Report on lock hospitals in British Burma
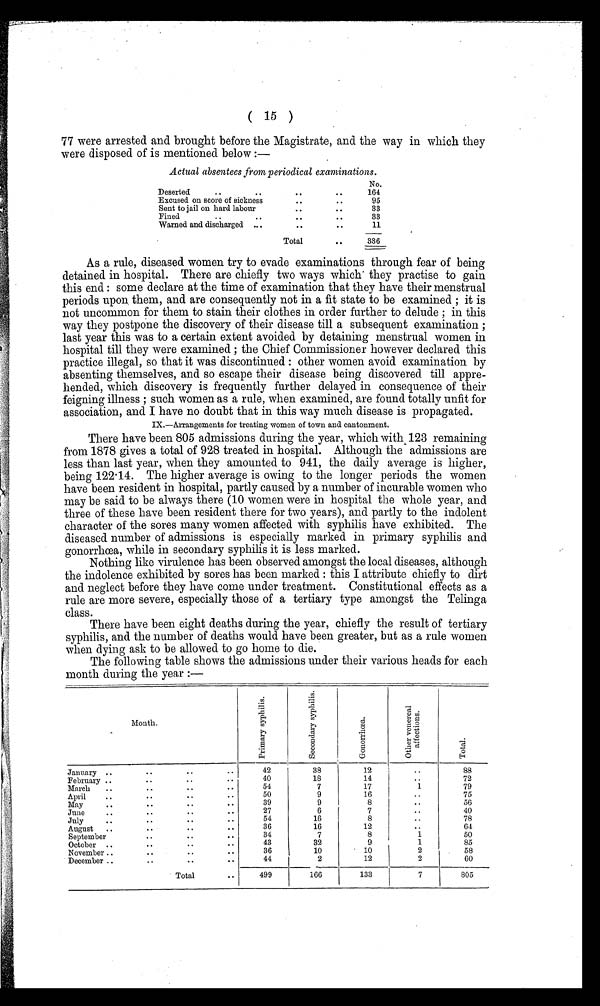
( 15 )
77 were arrested and brought before the Magistrate, and the way in which they
were disposed of is mentioned below :—
Actual absentees from periodical examinations.
No.
Deserted
.... ...
. .
. .
164
Excused on score of sickness
. .
. . . .
95
Sent to jail on hard labour
. .
. .
33
Fined..
..
. .
. .
3 3
Warned and discharged ...
. .
. .
11
Total
..
336
As a rule, diseased women try to evade examinations through fear of being
detained in hospital. There are chiefly two ways which they practise to gain
this end : some declare at the time of examination that they have their menstrual
periods upon them, and are consequently not in a fit state to be examined ; it is
not uncommon for them to stain their clothes in order further to delude ; in this
way they postpone the discovery of their disease till a subsequent examination ;
last year this was to a certain extent avoided by detaining menstrual women in
hospital till they were examined ; the Chief Commissioner however declared this
practice illegal, so that it was discontinued : other women avoid examination by
absenting themselves, and so escape their disease being discovered till appre-
hended, which discovery is frequently further delayed in consequence of their
feigning illness ; such women as a rule, when examined, are found totally unfit for
association, and I have no doubt that in this way much disease is propagated.
IX.—Arrangements for treating women of town and cantonment.
There have been 805 admissions during the year, which with , 123 remaining
from 1878 gives a total of 928 treated in hospital. Although the admissions are
less than last year, when they amounted to 941, the daily average is higher,
being 122.14. The higher average is owing to the longer periods the women
have been resident in hospital, partly caused by a number of incurable women who
may be said to be always there (10 women were in hospital the whole year, and
three of these have been resident there for two years), and partly to the indolent
character of the sores many women affected with syphilis have exhibited. The
diseased number of admissions is especially marked in primary syphilis and
gonorrhœa, while in secondary syphilis it is less marked.
Nothing like virulence has been observed amongst the local diseases, although
the indolence exhibited by sores has been marked : this I attribute chiefly to dirt
and neglect before they have come under treatment. Constitutional effects as a
rule are more severe, especially those of a tertiary type amongst the Telinga
class.
There have been eight deaths during the year, chiefly the result of tertiary
syphilis, and the number of deaths would have been greater, but as a rule women
when dying ask to be allowed to go home to die.
The following table shows the admissions under their various heads for each
month during the year :—
Month.
P r i m a r y s y p h i l i s .
S e c o n d a r y s y p h i l i s .
G o n o r r h œ a
O t h e r v e n e r e a l a f f e c t i o n s .
T o t a l
January ..
. .
. .
..
42
38
12
..
88
February ..
. .
. .
. .
40
18
14
..
72
March
..
. . . .
. .
. . . .
54
7
17
1
79
April
....
. .
. .
..
50
9
16
..
75
May
..
. .
. .
. .
39
9
8
. . . .
56
June
..
. .
. .
. .
27
6
7
..
40
July
....
. . . .
. .
. . . .
54
16
8
. . . .
78
August ..
..
..
..
36
16
12
..
64
September
..
. .
34
7
8
1
50
October ..
. . . .
. .
. .
43
32
9
1
85
November ....
. . . .
. .
. .
36
10
10
2
58
December ..
..
. .
. .
44
2
12
2
60
Total
. .
499
166
133
7
805